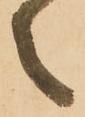
之